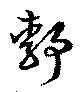
静